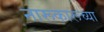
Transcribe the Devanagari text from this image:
नारूकारूच्या